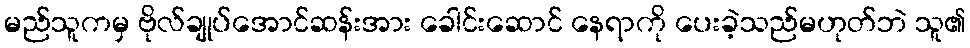
မည်သူကမှ ဗိုလ်ချုပ်အောင်ဆန်းအား ခေါင်းဆောင် နေရာကို ပေးခဲ့သည်မဟုတ်ဘဲ သူ၏